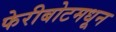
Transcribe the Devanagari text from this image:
फेरीबोटमधून